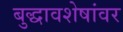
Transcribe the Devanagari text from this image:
बुद्धावशेषांवर